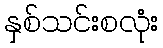
နှစ်သင်းစလုံး